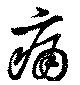
痛